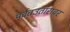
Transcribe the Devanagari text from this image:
पर्वतउतारावर